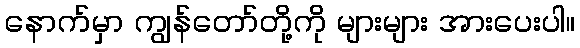
နောက်မှာ ကျွန်တော်တို့ကို များများ အားပေးပါ။